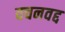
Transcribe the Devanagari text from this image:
वचनवद्द